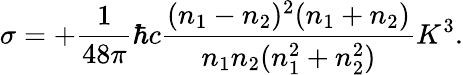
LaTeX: \sigma=+{\frac{1}{48\pi}}\hbar c{\frac{(n_{1}-n_{2})^{2}(n_{1}+n_{2})}{n_{1}n_{2}(n_{1}^{2}+n_{2}^{2})}}K^{3}.